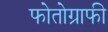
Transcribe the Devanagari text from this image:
फोतोग्राफी